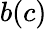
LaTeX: b(c)